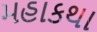
મહાકથા